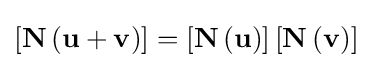
\left[\mathbf {N} \left(\mathbf {u+v} \right)\right]=\left[\mathbf {N} \left(\mathbf {u} \right)\right]\left[\mathbf {N} \left(\mathbf {v} \right)\right]